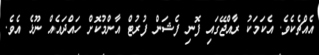
އެއްޗެކެވެ. އެކަމަކު ރާއްޖޭގައި ފޮނި ފެޝަން ފުރުޓް އާންމުކޮށް ހައްދައެއް ނޫޅެ އެވެ.